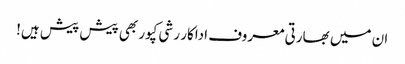
ان میں بھارتی معروف اداکار رشی کپور بھی پیش پیش ہیں!